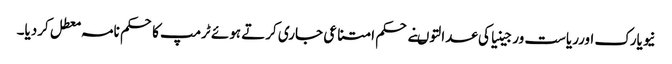
نیویارک اورریاست ورجینیاکی عدالتوںنے حکم امتناعی جاری کرتے ہوئے ٹرمپ کاحکم نامہ معطل کردیا۔